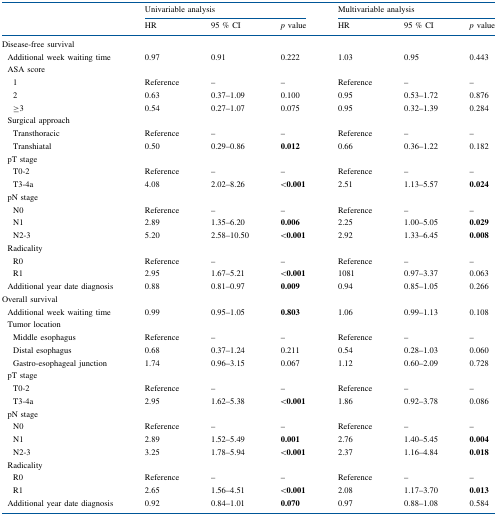
<table><thead><tr><td></td><td colspan="3"><b>Univariable analysis</b></td><td colspan="3"><b>Multivariable analysis</b></td></tr><tr><td></td><td><b>HR</b></td><td><b>95 % CI</b></td><td><b><i>p</i> value</b></td><td><b>HR</b></td><td><b>95 % CI</b></td><td><b><i>p</i> value</b></td></tr></thead><tbody><tr><td colspan="7">Disease-free survival</td></tr><tr><td> Additional week waiting time</td><td>0.97</td><td>0.91</td><td>0.222</td><td>1.03</td><td>0.95</td><td>0.443</td></tr><tr><td> ASA score</td><td></td><td></td><td></td><td></td><td></td><td></td></tr><tr><td>1</td><td>Reference</td><td>–</td><td>–</td><td>Reference</td><td>–</td><td>–</td></tr><tr><td>2</td><td>0.63</td><td>0.37–1.09</td><td>0.100</td><td>0.95</td><td>0.53–1.72</td><td>0.876</td></tr><tr><td>≥3</td><td>0.54</td><td>0.27–1.07</td><td>0.075</td><td>0.95</td><td>0.32–1.39</td><td>0.284</td></tr><tr><td colspan="7"> Surgical approach</td></tr><tr><td>Transthoracic</td><td>Reference</td><td>–</td><td>–</td><td>Reference</td><td>–</td><td>–</td></tr><tr><td>Transhiatal</td><td>0.50</td><td>0.29–0.86</td><td><b>0.012</b></td><td>0.66</td><td>0.36–1.22</td><td>0.182</td></tr><tr><td> pT stage</td><td></td><td></td><td></td><td></td><td></td><td></td></tr><tr><td>T0-2</td><td>Reference</td><td>–</td><td>–</td><td>Reference</td><td>–</td><td>–</td></tr><tr><td>T3-4a</td><td>4.08</td><td>2.02–8.26</td><td><b>&lt;0.001</b></td><td>2.51</td><td>1.13–5.57</td><td><b>0.024</b></td></tr><tr><td colspan="7"> pN stage</td></tr><tr><td>N0</td><td>Reference</td><td>–</td><td>–</td><td>Reference</td><td>–</td><td>–</td></tr><tr><td>N1</td><td>2.89</td><td>1.35–6.20</td><td><b>0.006</b></td><td>2.25</td><td>1.00–5.05</td><td><b>0.029</b></td></tr><tr><td>N2-3</td><td>5.20</td><td>2.58–10.50</td><td><b>&lt;0.001</b></td><td>2.92</td><td>1.33–6.45</td><td><b>0.008</b></td></tr><tr><td colspan="7"> Radicality</td></tr><tr><td>R0</td><td>Reference</td><td>–</td><td>–</td><td>Reference</td><td>–</td><td>–</td></tr><tr><td>R1</td><td>2.95</td><td>1.67–5.21</td><td><b>&lt;0.001</b></td><td>1081</td><td>0.97–3.37</td><td>0.063</td></tr><tr><td> Additional year date diagnosis</td><td>0.88</td><td>0.81–0.97</td><td><b>0.009</b></td><td>0.94</td><td>0.85–1.05</td><td>0.266</td></tr><tr><td colspan="7">Overall survival</td></tr><tr><td> Additional week waiting time</td><td>0.99</td><td>0.95–1.05</td><td><b>0.803</b></td><td>1.06</td><td>0.99–1.13</td><td>0.108</td></tr><tr><td colspan="7"> Tumor location</td></tr><tr><td>Middle esophagus</td><td>Reference</td><td>–</td><td>–</td><td>Reference</td><td>–</td><td>–</td></tr><tr><td>Distal esophagus</td><td>0.68</td><td>0.37–1.24</td><td>0.211</td><td>0.54</td><td>0.28–1.03</td><td>0.060</td></tr><tr><td>Gastro-esophageal junction</td><td>1.74</td><td>0.96–3.15</td><td>0.067</td><td>1.12</td><td>0.60–2.09</td><td>0.728</td></tr><tr><td colspan="7"> pT stage</td></tr><tr><td>T0-2</td><td>Reference</td><td>–</td><td>–</td><td>Reference</td><td>–</td><td>–</td></tr><tr><td>T3-4a</td><td>2.95</td><td>1.62–5.38</td><td><b>&lt;0.001</b></td><td>1.86</td><td>0.92–3.78</td><td>0.086</td></tr><tr><td colspan="7"> pN stage</td></tr><tr><td>N0</td><td>Reference</td><td>–</td><td>–</td><td>Reference</td><td>–</td><td>–</td></tr><tr><td>N1</td><td>2.89</td><td>1.52–5.49</td><td><b>0.001</b></td><td>2.76</td><td>1.40–5.45</td><td><b>0.004</b></td></tr><tr><td>N2-3</td><td>3.25</td><td>1.78–5.94</td><td><b>&lt;0.001</b></td><td>2.37</td><td>1.16–4.84</td><td><b>0.018</b></td></tr><tr><td colspan="7"> Radicality</td></tr><tr><td>R0</td><td>Reference</td><td>–</td><td>–</td><td>Reference</td><td>–</td><td>–</td></tr><tr><td>R1</td><td>2.65</td><td>1.56–4.51</td><td><b>&lt;0.001</b></td><td>2.08</td><td>1.17–3.70</td><td><b>0.013</b></td></tr><tr><td> Additional year date diagnosis</td><td>0.92</td><td>0.84–1.01</td><td><b>0.070</b></td><td>0.97</td><td>0.88–1.08</td><td>0.584</td></tr></tbody></table>